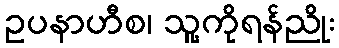
ဥပနာဟီစ၊ သူ့ကိုရန်ညိုး